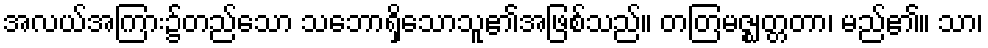
အလယ်အကြား၌တည်သော သဘောရှိသောသူ၏အဖြစ်သည်။ တတြမဇ္ဈတ္တတာ၊ မည်၏။ သာ၊